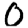
Digit: 0